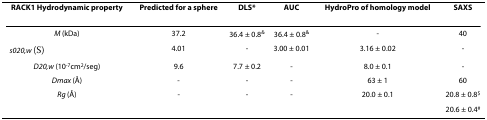
<table><thead><tr><td><b>RACK1 Hydrodynamic property</b></td><td><b>Predicted for a sphere</b></td><td><b>DLS*</b></td><td><b>AUC</b></td><td><b>HydroPro of homology model</b></td><td><b>SAXS</b></td></tr></thead><tbody><tr><td><i>M </i>(kDa)</td><td>37.2</td><td>36.4 ± 0.8<sup>&amp;</sup></td><td>36.4 ± 0.8<sup>&amp;</sup></td><td>-</td><td>40</td></tr><tr><td><i>s<sup>0</sup>20,w </i>(S)</td><td>4.01</td><td>-</td><td>3.00 ± 0.01</td><td>3.16 ± 0.02</td><td>-</td></tr><tr><td><i>D20,w </i>(10<sup>-7</sup>cm<sup>2</sup>/seg)</td><td>9.6</td><td>7.7 ± 0.2</td><td>-</td><td>8.0 ± 0.1</td><td>-</td></tr><tr><td><i>Dmax </i>(Å)</td><td>-</td><td>-</td><td>-</td><td>63 ± 1</td><td>60</td></tr><tr><td><i>Rg </i>(Å)</td><td>-</td><td>-</td><td>-</td><td>20.0 ± 0.1</td><td>20.8 ± 0.8<sup>$</sup></td></tr><tr><td></td><td></td><td></td><td></td><td></td><td>20.6 ± 0.4<sup>#</sup></td></tr></tbody></table>